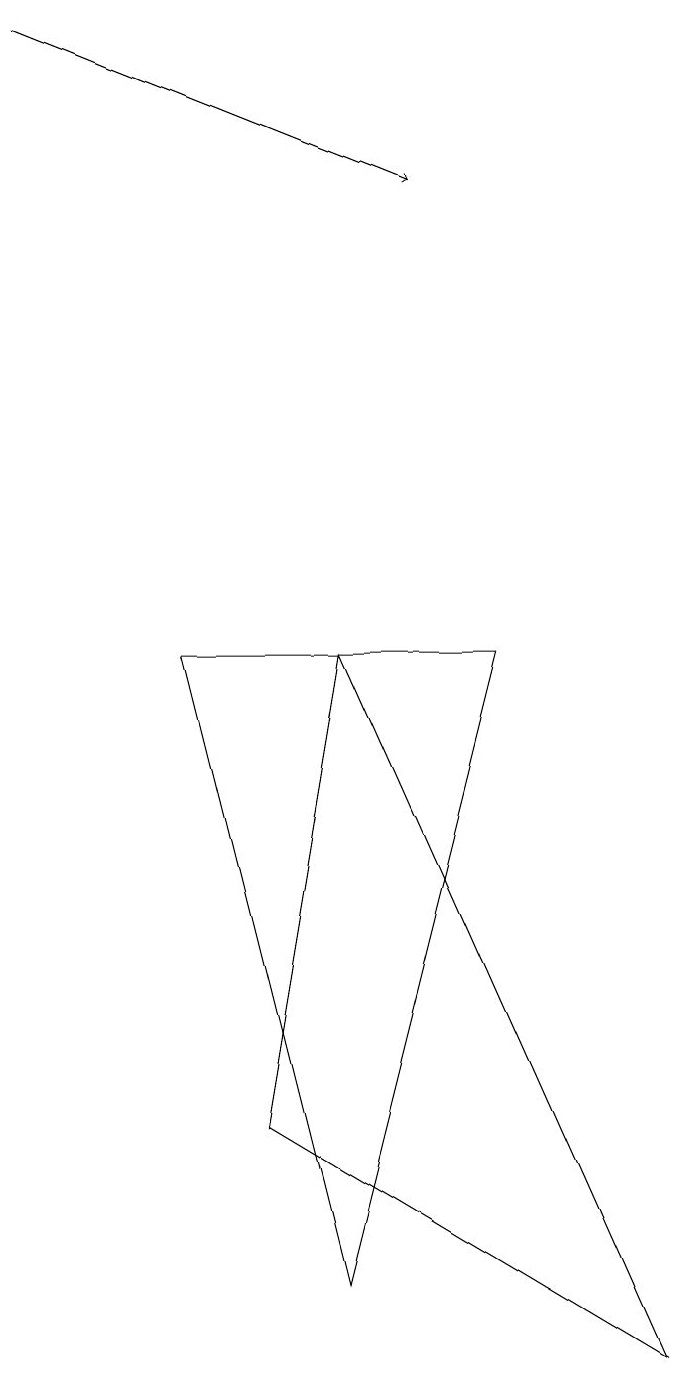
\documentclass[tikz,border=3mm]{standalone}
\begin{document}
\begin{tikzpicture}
\draw[->] (0,17) -- (5,15);
\draw (4,9) -- (8,0) -- (3,3) -- cycle;
\draw (4,1) -- (6,9) -- (2,9) -- cycle;
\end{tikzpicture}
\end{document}